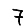
Digit: 7